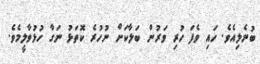
ބުނެލިއެވެ. ހައި ވެފަ ހުރި ވަރުން ބަލާކަށް ނުހުރެ ކޮތަޅު ނަގާ ހުޅުވާލީމެވެ.